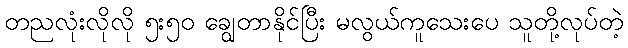
တညလုံးလိုလို ၅း၅၀ ချွေတာနိုင်ပြီး မလွယ်ကူသေးပေ သူတို့လုပ်တဲ့